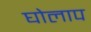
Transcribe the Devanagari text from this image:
घोलाप